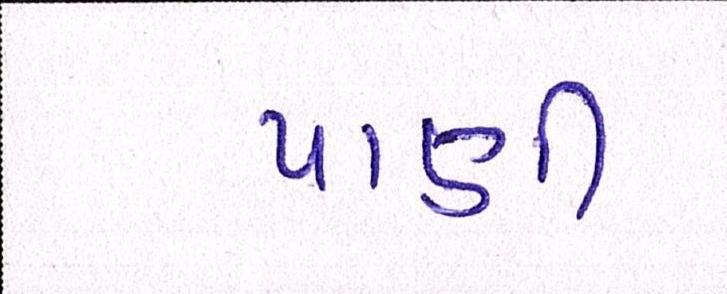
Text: પાણી